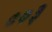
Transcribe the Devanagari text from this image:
००३